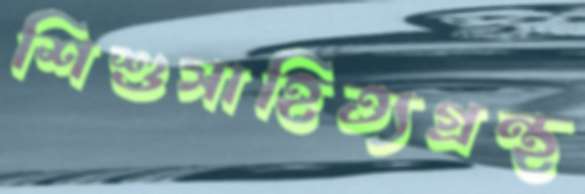
শিশুসাহিত্যগ্রন্থ